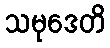
သမုဒေတိ